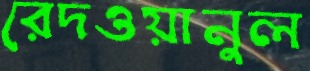
রেদওয়ানুল